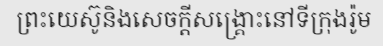
ព្រះយេស៊ូនិងសេចក្តីសង្គ្រោះនៅទីក្រុងរ៉ូម